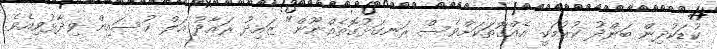
ކުޑަކުދިން ބަންދު ކުރުމަކީ އެއްގޮތަކަށްވެސް ރަނގަޅުގޮތެއްނޫން" ޒައިދު ރައާދު އަލް ހުސައިން ވިދާޅުވިއެވެ.